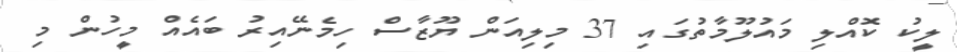
ލީކު ކޮއްލި މައުލޫމާތުގައި 37 މިލިއަން ޔޫޒާސް ހިމެނޭއިރު ބައެއް މީހުން މި